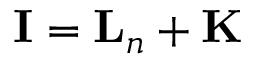
{ \mathbf { I } } = { \mathbf { L } } _ { n } + { \mathbf { K } }